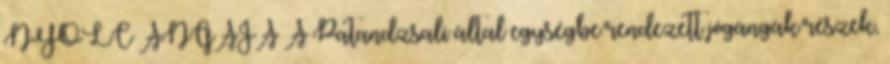
NYOLC ANGÁJA A Patandzsali által egységbe rendezett jógángák részek,